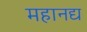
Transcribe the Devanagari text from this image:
महानद्य